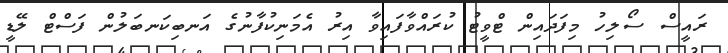
ރައީސް ސޯލިހު މިފަދައިން ޓްވީޓު ކުރައްވާފައިވާ އިރު އެމަނިކުފާނުގެ އަނބިކަނބަލުން ފަސްޓް ލޭޑީ